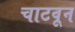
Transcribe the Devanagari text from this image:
चाटवून